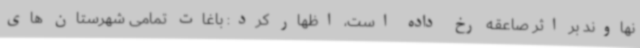
نهاوند بر اثر صاعقه رخ داده است، اظهار کرد: باغات تمامی شهرستان های